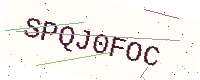
Text: SPQJ0FOC